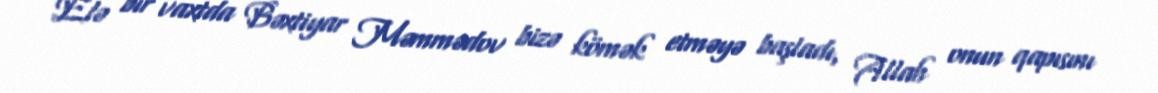
Elə bir vaxtda Bəxtiyar Məmmədov bizə kömək etməyə başladı, Allah onun qapısını